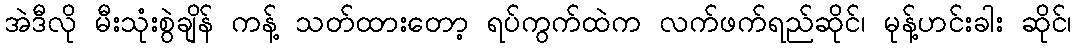
အဲဒီလို မီးသုံးစွဲချိန် ကန့် သတ်ထားတော့ ရပ်ကွက်ထဲက လက်ဖက်ရည်ဆိုင်၊ မုန့်ဟင်းခါး ဆိုင်၊